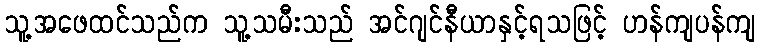
သူ့အဖေထင်သည်က သူ့သမီးသည် အင်ဂျင်နီယာနှင့်ရသဖြင့် ဟန်ကျပန်ကျ